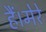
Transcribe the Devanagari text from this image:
हैं।मेरे